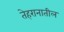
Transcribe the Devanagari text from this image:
तेहरानातील